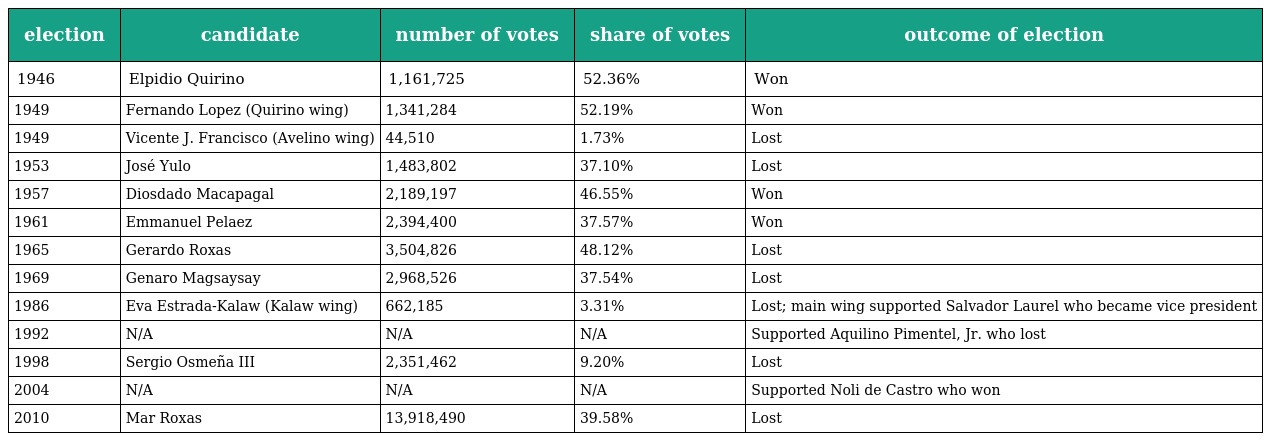
| election | candidate | number of votes | share of votes | outcome of election |
 | --- | --- | --- | --- | --- |
 | 1946 | Elpidio Quirino | 1,161,725 | 52.36% | Won |
 | 1949 | Fernando Lopez (Quirino wing) | 1,341,284 | 52.19% | Won |
 | 1949 | Vicente J. Francisco (Avelino wing) | 44,510 | 1.73% | Lost |
 | 1953 | José Yulo | 1,483,802 | 37.10% | Lost |
 | 1957 | Diosdado Macapagal | 2,189,197 | 46.55% | Won |
 | 1961 | Emmanuel Pelaez | 2,394,400 | 37.57% | Won |
 | 1965 | Gerardo Roxas | 3,504,826 | 48.12% | Lost |
 | 1969 | Genaro Magsaysay | 2,968,526 | 37.54% | Lost |
 | 1986 | Eva Estrada-Kalaw (Kalaw wing) | 662,185 | 3.31% | Lost; main wing supported Salvador Laurel who became vice president |
 | 1992 | N/A | N/A | N/A | Supported Aquilino Pimentel, Jr. who lost |
 | 1998 | Sergio Osmeña III | 2,351,462 | 9.20% | Lost |
 | 2004 | N/A | N/A | N/A | Supported Noli de Castro who won |
 | 2010 | Mar Roxas | 13,918,490 | 39.58% | Lost |